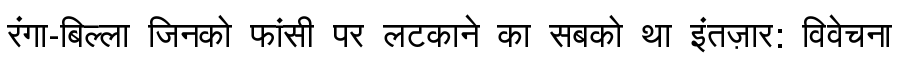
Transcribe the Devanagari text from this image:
रंगा-बिल्ला जिनको फांसी पर लटकाने का सबको था इंतज़ार: विवेचना